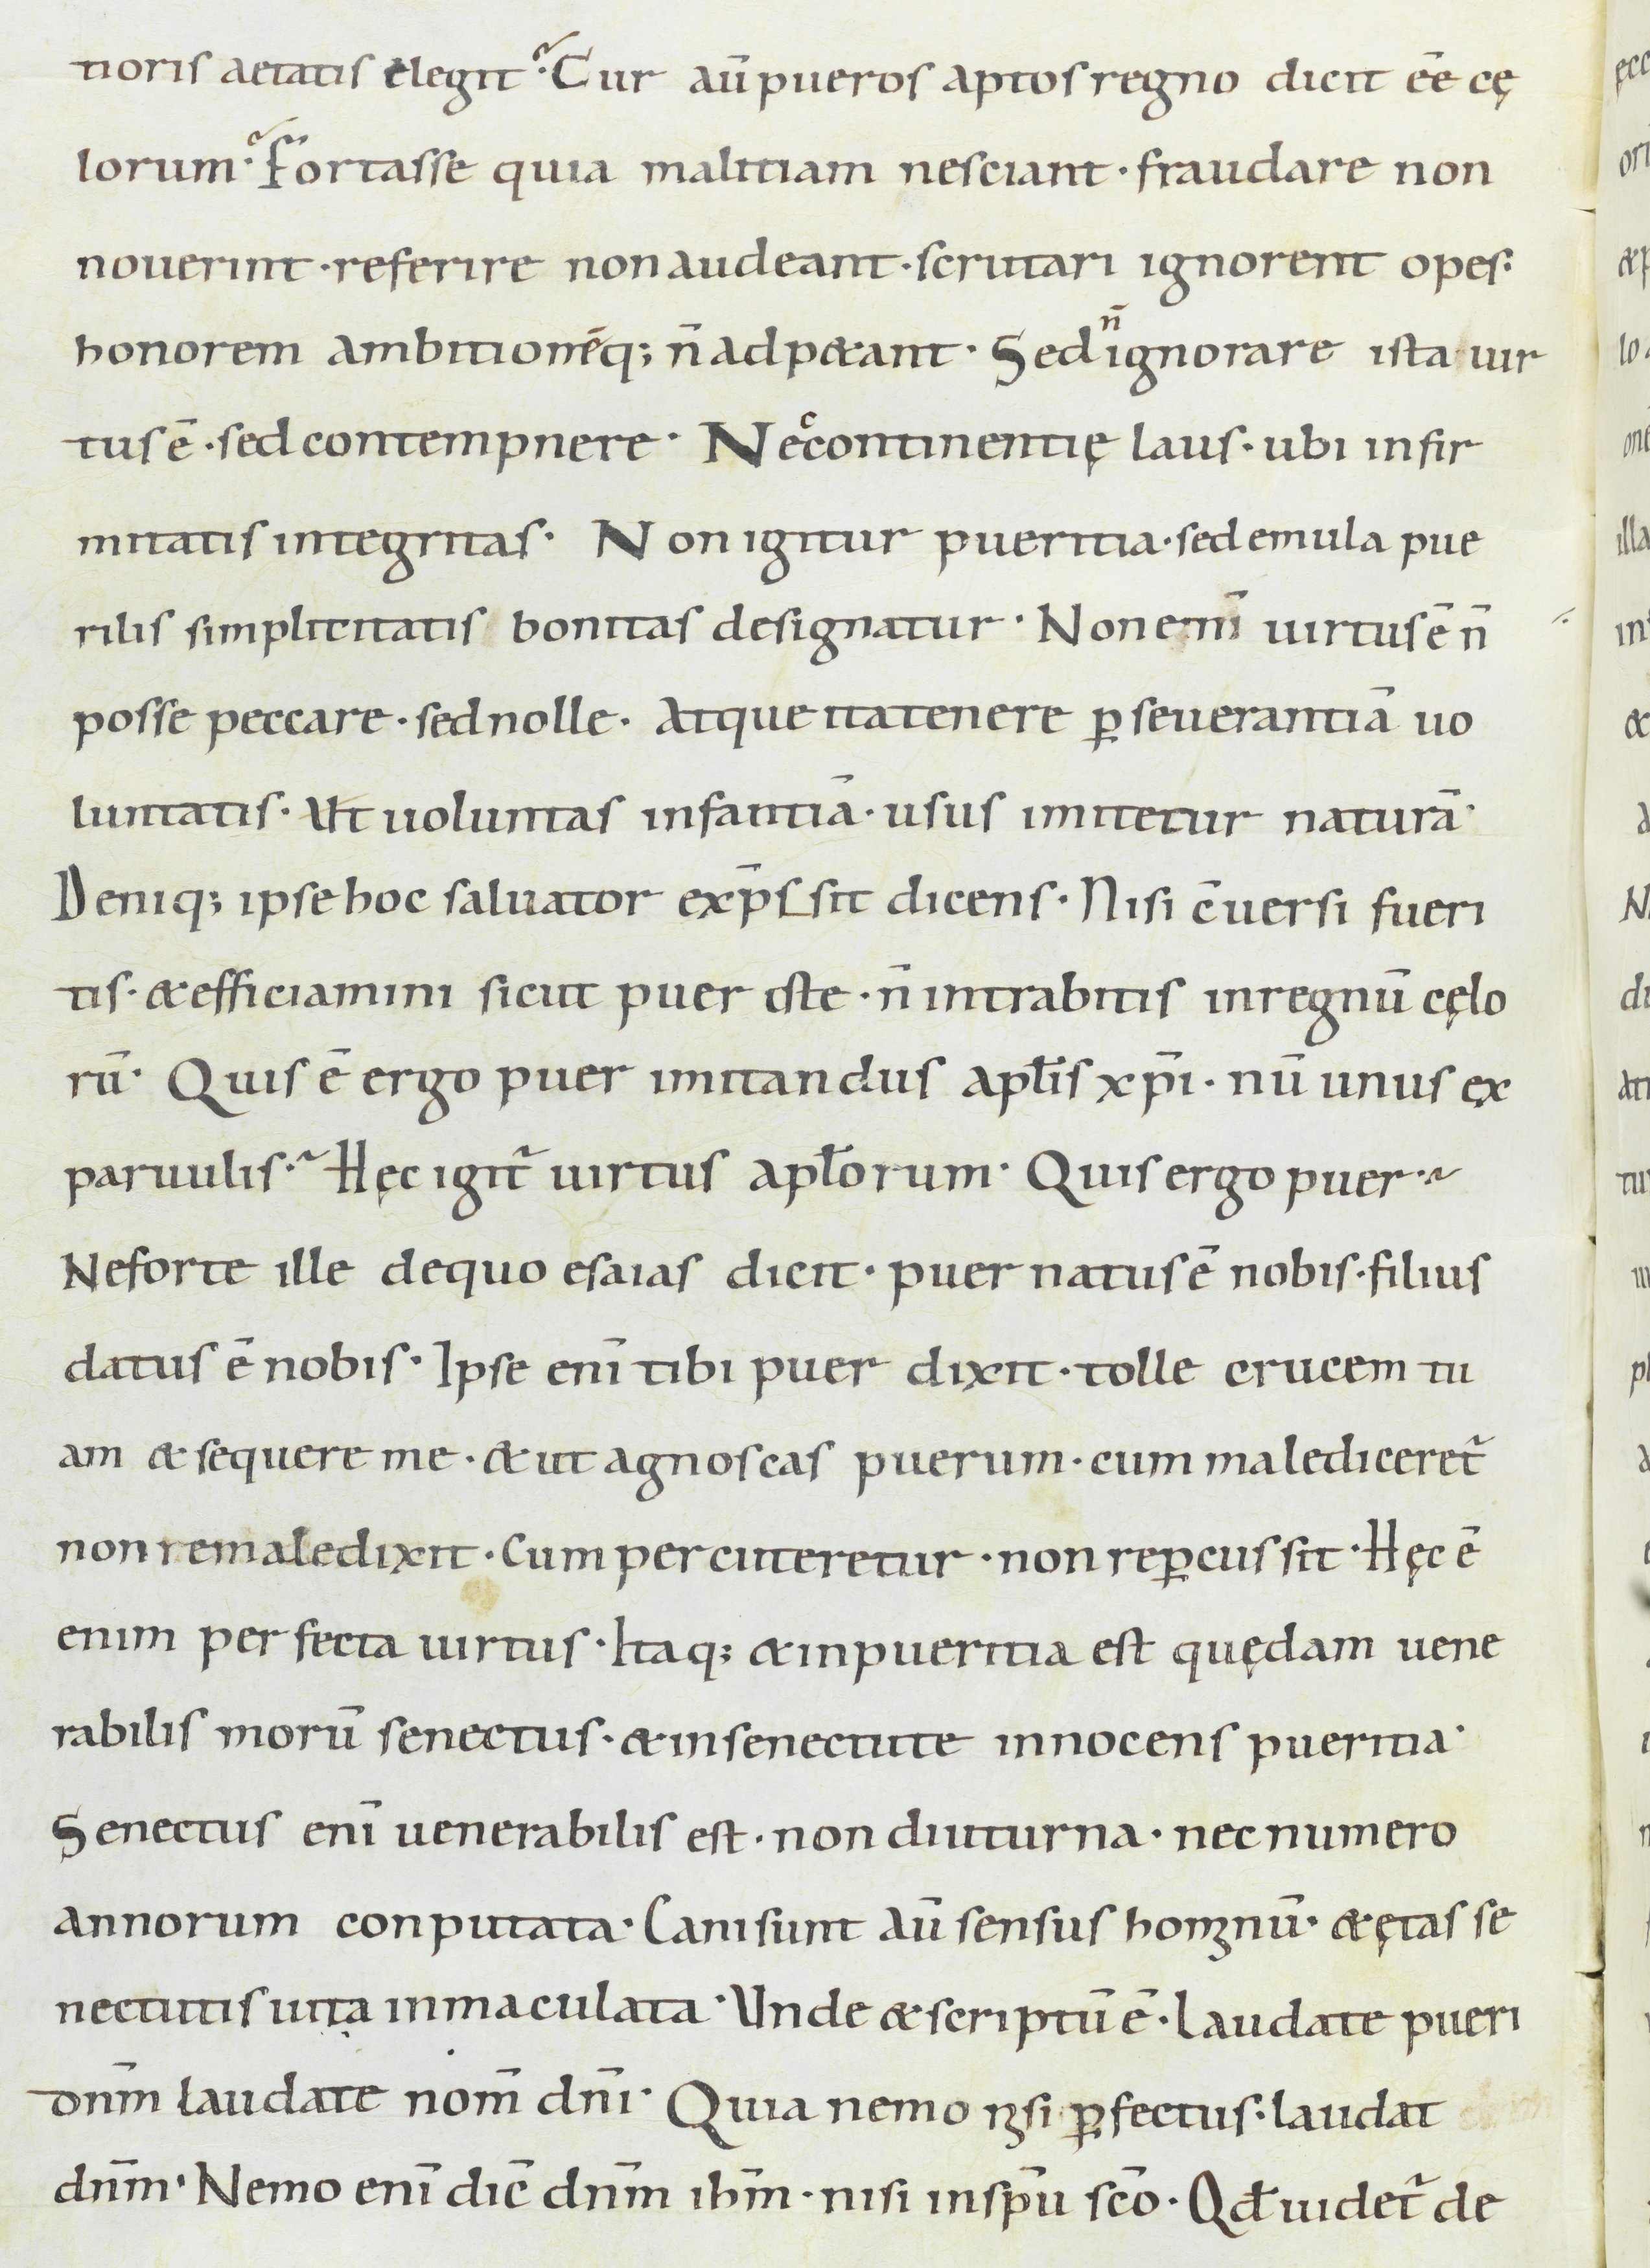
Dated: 900–999